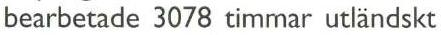
bearbetade 3078 timmar utländskt